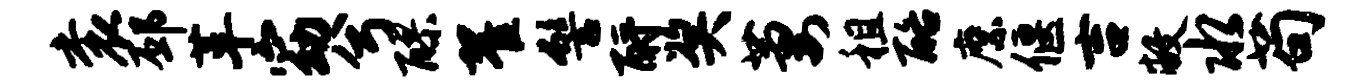
衮邳革窈兮醪翟髻酹奖萋租酪縻偃吉敝水苟